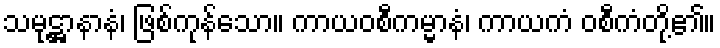
သမုဋ္ဌာနာနံ၊ ဖြစ်ကုန်သော။ ကာယဝစီကမ္မာနံ၊ ကာယကံ ဝစီကံတို့၏။